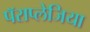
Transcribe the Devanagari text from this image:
पॅराप्लेजिया